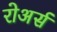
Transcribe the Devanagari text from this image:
रोअर्स